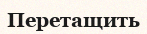
Перетащить